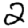
Digit: 2